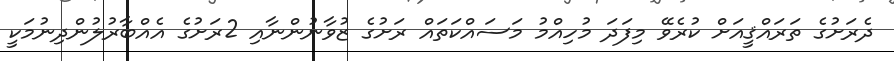
ދެރަށުގެ ތަރައްޤީއަށް ކުރެވޭ މިފަދަ މުހިއްމު މަސައްކަތައް ރަށުގެ ޒުވާނުންނާއި 2ރަށުގެ އެއްބާރުލުންދިނުމަކީ